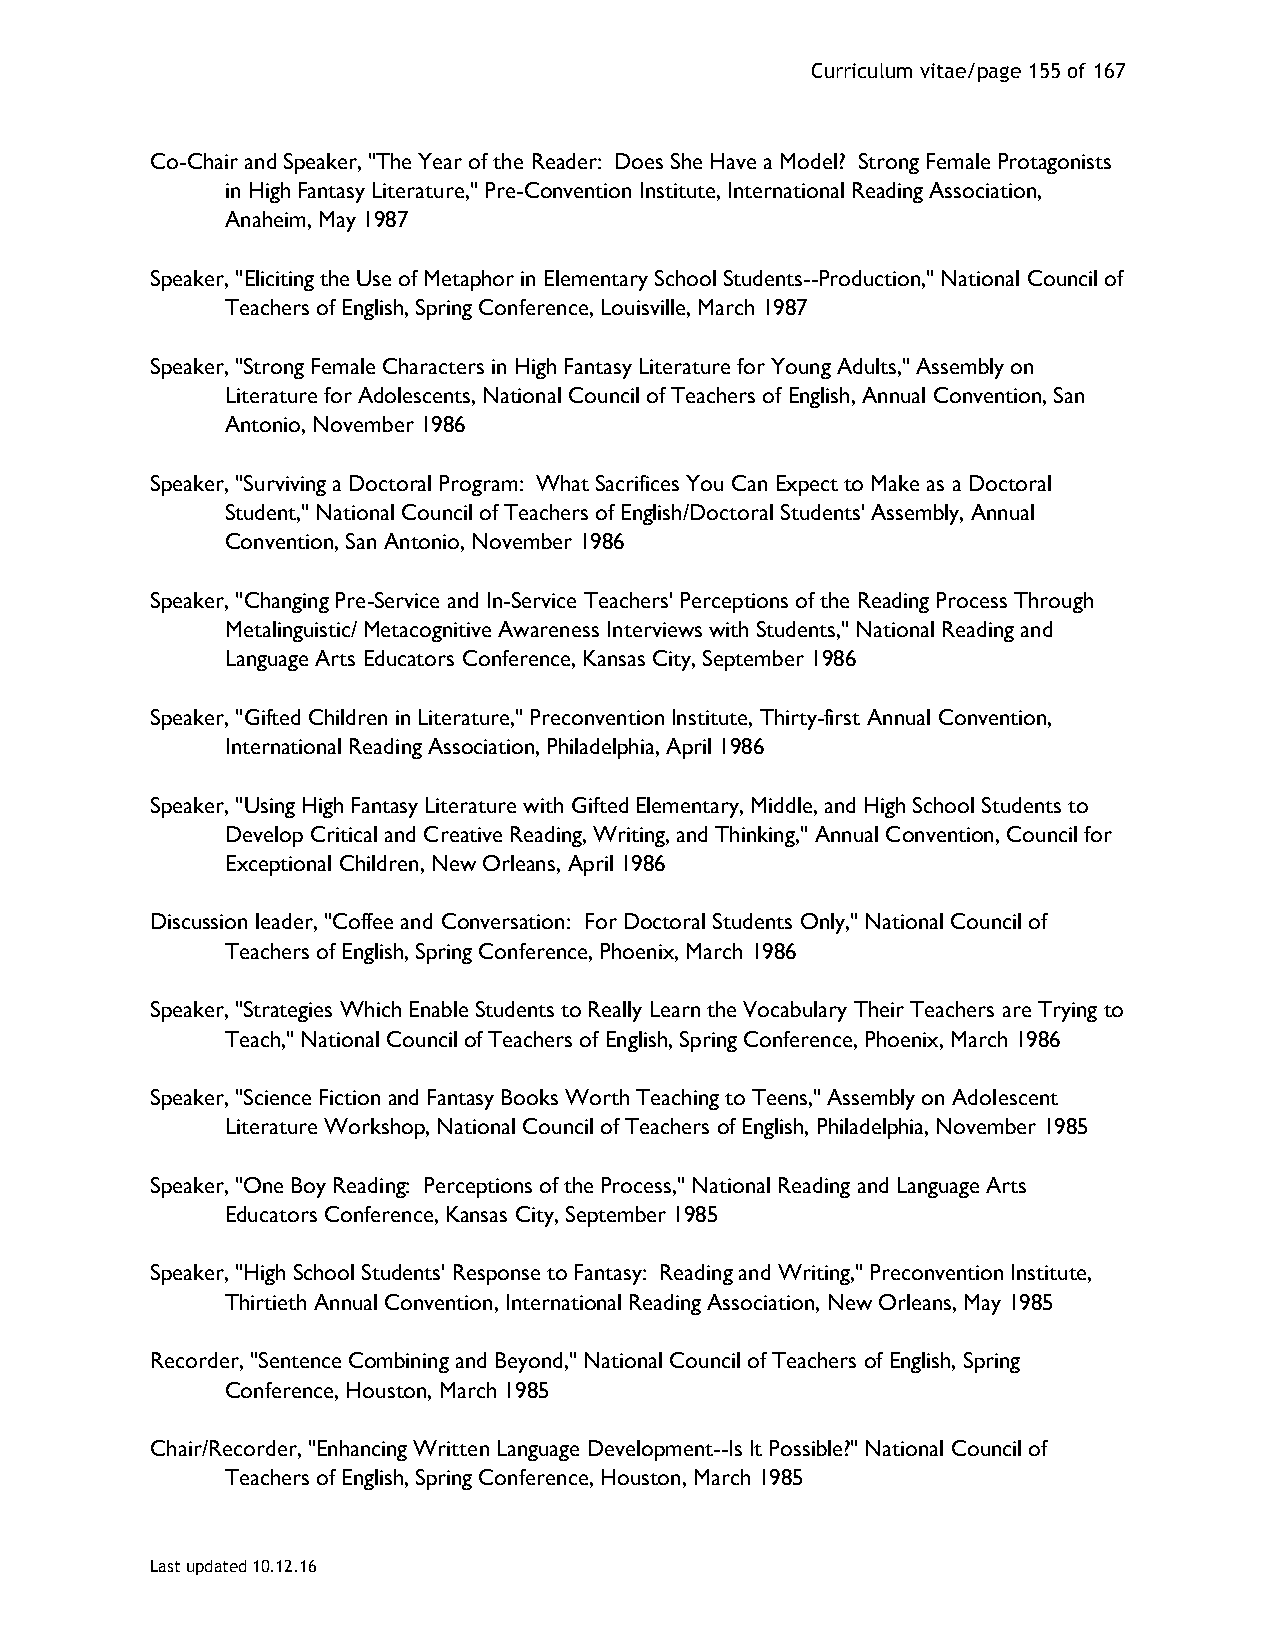
Curriculum vitae/page 155 of 167
 Co-Chair and Speaker, "The Year of the Reader: Does She Have a Model? Strong Female Protagonists
 in High Fantasy Literature," Pre-Convention Institute, International Reading Association,
 Anaheim, May 1987
 Speaker, "Eliciting the Use of Metaphor in Elementary School Students--Production," National Council of
 Teachers of English, Spring Conference, Louisville, March 1987
 Speaker, "Strong Female Characters in High Fantasy Literature for Young Adults," Assembly on
 Literature for Adolescents, National Council of Teachers of English, Annual Convention, San
 Antonio, November 1986
 Speaker, "Surviving a Doctoral Program: What Sacrifices You Can Expect to Make as a Doctoral
 Student," National Council of Teachers of English/Doctoral Students' Assembly, Annual
 Convention, San Antonio, November 1986
 Speaker, "Changing Pre-Service and In-Service Teachers' Perceptions of the Reading Process Through
 Metalinguistic/ Metacognitive Awareness Interviews with Students," National Reading and
 Language Arts Educators Conference, Kansas City, September 1986
 Speaker, "Gifted Children in Literature," Preconvention Institute, Thirty-first Annual Convention,
 International Reading Association, Philadelphia, April 1986
 Speaker, "Using High Fantasy Literature with Gifted Elementary, Middle, and High School Students to
 Develop Critical and Creative Reading, Writing, and Thinking," Annual Convention, Council for
 Exceptional Children, New Orleans, April 1986
 Discussion leader, "Coffee and Conversation: For Doctoral Students Only," National Council of
 Teachers of English, Spring Conference, Phoenix, March 1986
 Speaker, "Strategies Which Enable Students to Really Learn the Vocabulary Their Teachers are Trying to
 Teach," National Council of Teachers of English, Spring Conference, Phoenix, March 1986
 Speaker, "Science Fiction and Fantasy Books Worth Teaching to Teens," Assembly on Adolescent
 Literature Workshop, National Council of Teachers of English, Philadelphia, November 1985
 Speaker, "One Boy Reading: Perceptions of the Process," National Reading and Language Arts
 Educators Conference, Kansas City, September 1985
 Speaker, "High School Students' Response to Fantasy: Reading and Writing," Preconvention Institute,
 Thirtieth Annual Convention, International Reading Association, New Orleans, May 1985
 Recorder, "Sentence Combining and Beyond," National Council of Teachers of English, Spring
 Conference, Houston, March 1985
 Chair/Recorder, "Enhancing Written Language Development--Is It Possible?" National Council of
 Teachers of English, Spring Conference, Houston, March 1985
 Last updated 10.12.16